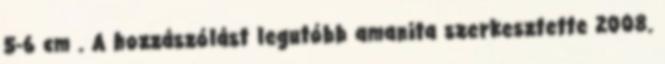
5-6 cm . A hozzászólást legutóbb amanita szerkesztette 2008.